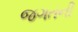
જગતની